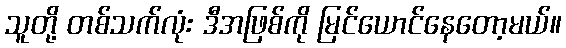
သူတို့ တစ်သက်လုံး ဒီအဖြစ်ကို မြင်ယောင်နေတော့မယ်။